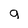
Character: g